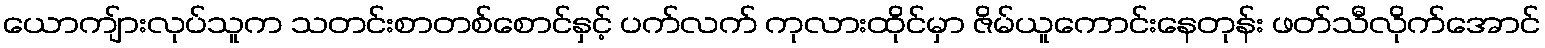
ယောကျ်ားလုပ်သူက သတင်းစာတစ်စောင်နှင့် ပက်လက် ကုလားထိုင်မှာ ဇိမ်ယူကောင်းနေတုန်း ဖတ်သီလိုက်အောင်